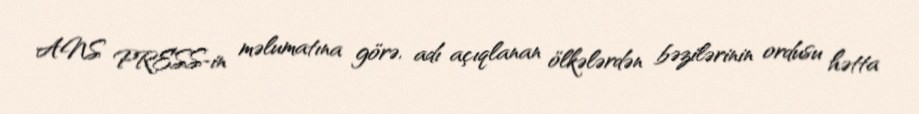
ANS PRESS-in məlumatına görə, adı açıqlanan ölkələrdən bəzilərinin ordusu hətta